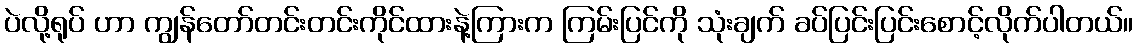
ပဲလို့ရုပ် ဟာ ကျွန်တော်တင်းတင်းကိုင်ထားနဲ့ကြားက ကြမ်းပြင်ကို သုံးချက် ခပ်ပြင်းပြင်းစောင့်လိုက်ပါတယ်။